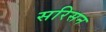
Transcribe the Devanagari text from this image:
सरिसन